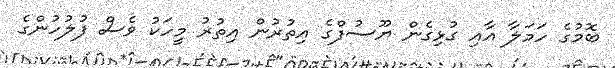
ބޮމުގެ ހަމަލާ އާއި ގުޅިގެން ޔޫސުފްގެ އިތުރުން އިތުރު މީހަކު ވެސް ފުލުހުންގެ